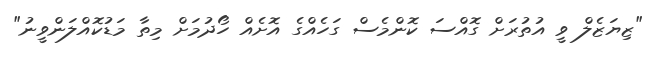
"ޒިޔަޒެލް ވީ އުތުރަށް ގޮއްސަ ކޮންމެސް ގަހެއްގެ އޮށެއް ހޯދުމަށް މިތާ މަޑުކޮއްލަންވީނު"